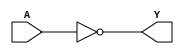
module NOT(Y,A);
	input A;
	output Y;
	nand(Y,A,A);
endmodule

module XOR(Y,A,B);
	input A,B;
	output Y;
	wire a,b,c;
	nand(c,A,B);
	nand(a,c,A);
	nand(b,c,B);
	nand(Y,a,b);
endmodule

module XNOR(Y,A,B);
	input A,B;
	output Y;
	wire x;
	XOR xor_1(x,A,B);
	NOT not_1(Y,x);
endmodule